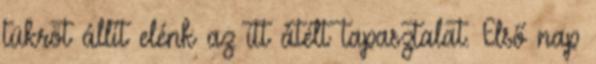
tükröt állít elénk az itt átélt tapasztalat. Első nap